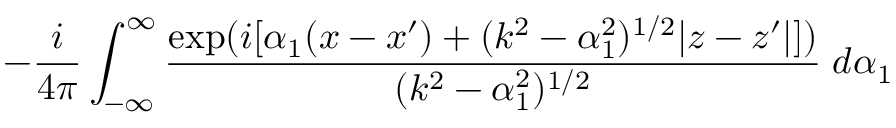
- \frac { i } { 4 \pi } \int _ { - \infty } ^ { \infty } \frac { \exp ( i [ \alpha _ { 1 } ( x - x ^ { \prime } ) + ( k ^ { 2 } - \alpha _ { 1 } ^ { 2 } ) ^ { 1 / 2 } | z - z ^ { \prime } | ] ) } { ( k ^ { 2 } - \alpha _ { 1 } ^ { 2 } ) ^ { 1 / 2 } } \; d \alpha _ { 1 }